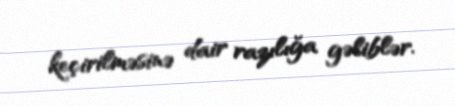
keçirilməsinə dair razılığa gəliblər.